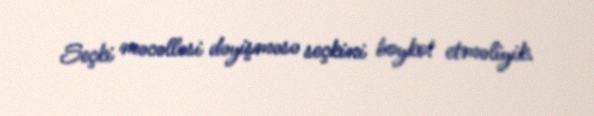
Seçki məcəlləsi dəyişməsə seçkini boykot etməliyik.